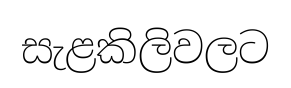
සැළකිලිවලට